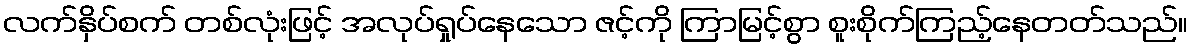
လက်နှိပ်စက် တစ်လုံးဖြင့် အလုပ်ရှုပ်နေသော ဇင့်ကို ကြာမြင့်စွာ စူးစိုက်ကြည့်နေတတ်သည်။